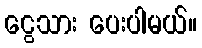
ငွေသား ပေးပါမယ်။